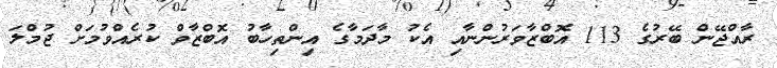
ރާއްޖޭން ބޭރުގެ 113 އޮބްޒާވަރުންނާއި އެކު މާދަމާގެ އިންތިހާބު އޮބްޒާވް ކުރެއްވުމަށް ޖުމްލަ